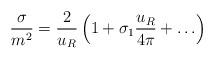
LaTeX: \begin{align*}\frac{\sigma}{m^2} = \frac{2}{u_R} \left( 1 + \sigma_1 \frac{u_R}{4\pi}+ \ldots \right)\end{align*}